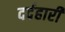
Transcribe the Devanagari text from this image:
दर्दहारी